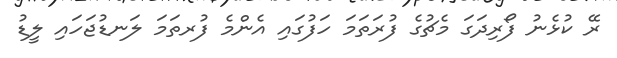
ރޭ ކުޅެނު ފޯރިދަގަ މެޗުގެ ފުރަތަމަ ހަފުގައި އެންމެ ފުރތަމަ ލަނޑުޖަހައި ލީޑު